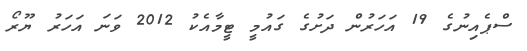
ސްޕެއިނުގެ 19 އަހަރުން ދަށުގެ ގައުމީ ޓީމާއެކު 2012 ވަނަ އަހަރު ޔޫރޯ